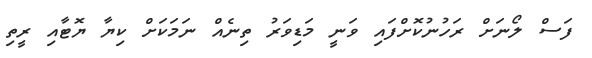
ފަސް ލޯނަށް ރަހުނުކޮށްފައި ވަނީ މަޑިވަރު ތިނެއް ނަމަކަށް ކިޔާ ޔޮޓާއި ރީތި